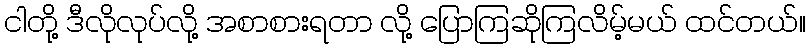
ငါတို့ ဒီလိုလုပ်လို့ အစာစားရတာ လို့ ပြောကြဆိုကြလိမ့်မယ် ထင်တယ်။